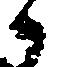
候